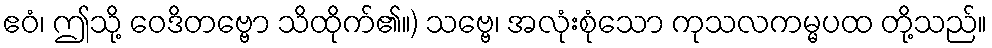
ဧဝံ၊ ဤသို့ ဝေဒိတဗ္ဗော သိထိုက်၏။) သဗ္ဗေ၊ အလုံးစုံသော ကုသလကမ္မပထ တို့သည်။